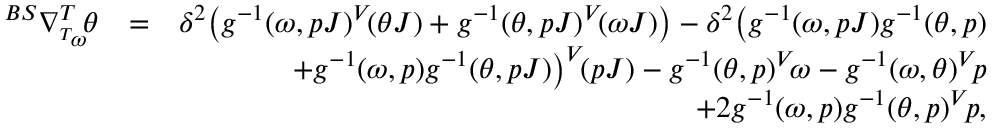
\begin{array} { r l r } { ^ { B S } \nabla _ { ^ { T } \! \omega } ^ { T } \! \theta } & { = } & { \delta ^ { 2 } \big ( g ^ { - 1 } ( \omega , p J ) ^ { V } \! ( \theta J ) + g ^ { - 1 } ( \theta , p J ) ^ { V } \! ( \omega J ) \big ) - \delta ^ { 2 } \big ( g ^ { - 1 } ( \omega , p J ) g ^ { - 1 } ( \theta , p ) } \\ & { } & { + g ^ { - 1 } ( \omega , p ) g ^ { - 1 } ( \theta , p J ) \big ) ^ { V } \! ( p J ) - g ^ { - 1 } ( \theta , p ) ^ { V } \! \omega - g ^ { - 1 } ( \omega , \theta ) ^ { V } \! p } \\ & { } & { + 2 g ^ { - 1 } ( \omega , p ) g ^ { - 1 } ( \theta , p ) ^ { V } \! p , } \end{array}